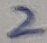
Text: 2